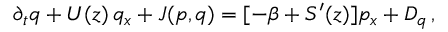
\partial _ { t } q + U ( z ) \, q _ { x } + J ( p , q ) = [ - { \beta } + { \cal S } ^ { \prime } ( z ) ] p _ { x } + { \cal D } _ { q } \, ,